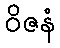
ဝိဇနံ